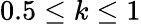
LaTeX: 0.5\leq k\leq 1